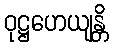
ဝုဋ္ဌဟေယျန္တိ